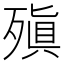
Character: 𪵆